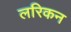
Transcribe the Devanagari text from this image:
लरिकन